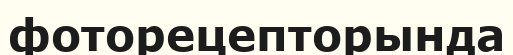
фоторецепторында